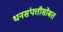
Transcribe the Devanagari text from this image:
धनसंपत्तीसोबत